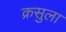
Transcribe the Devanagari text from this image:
क्रसुला